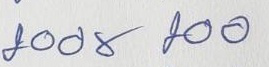
200 x 200